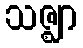
သဇ္ဈာ